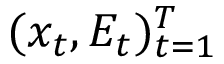
( x _ { t } , E _ { t } ) _ { t = 1 } ^ { T }